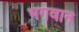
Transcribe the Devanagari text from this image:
भगवान